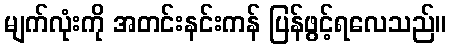
မျက်လုံးကို အတင်းနင်းကန် ပြန်ဖွင့်ရလေသည်။